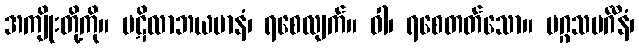
အကျိုးတို့ကို။ ပဋိလာဘယမာနံ၊ ရစေလျက်။ ဝါ၊ ရစေတတ်သော။ မဂ္ဂသမင်္ဂီနံ၊